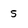
Character: 5